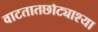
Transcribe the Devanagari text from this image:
वाटतातछोट्याश्या